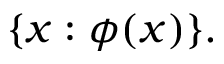
\{ x : \phi ( x ) \} .